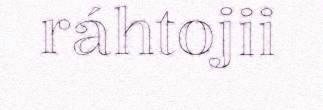
ráhtojii